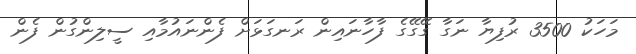
މަހަކު 3500 ރުފިޔާ ނަގާ ގޭގޭގެ ފާހާނައިން ރަނގަޅަށް ފެންނައުމާއި ސީލިންގުން ފެން